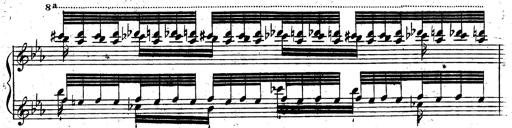
Title: Rondeau fantastique sur un thÃ¨me espagnol
Composer: Franz Liszt